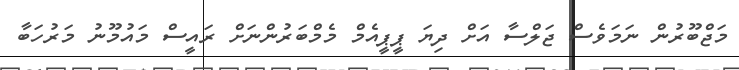
މަޖްބޫޫރުން ނަމަވެސް ޖަލްސާ އަށް ދިޔަ ޕީޕީއެމް މެމްބަރުންނަށް ރައީސް މައުމޫނު މަރުހަބާ